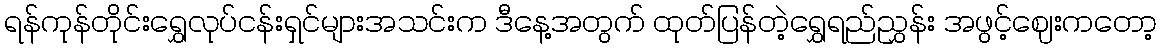
ရန်ကုန်တိုင်းရွှေလုပ်ငန်းရှင်များအသင်းက ဒီနေ့အတွက် ထုတ်ပြန်တဲ့ရွှေရည်ညွှန်း အဖွင့်ဈေးကတော့